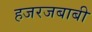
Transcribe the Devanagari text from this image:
हजरजबाबी